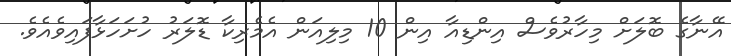
އޭނާގެ ބޮލަށް މިހާރުވެސް އިންޑިއާ އިން 10 މިލިއަން އެމެރިކާ ޑޮލަރު ހުށަހަޅާފައިވެއެވެ.